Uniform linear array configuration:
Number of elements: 64
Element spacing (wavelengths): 0.75
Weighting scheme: kaiser
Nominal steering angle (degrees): -15
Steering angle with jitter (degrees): -14.924
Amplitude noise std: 0.05
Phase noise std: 0.05

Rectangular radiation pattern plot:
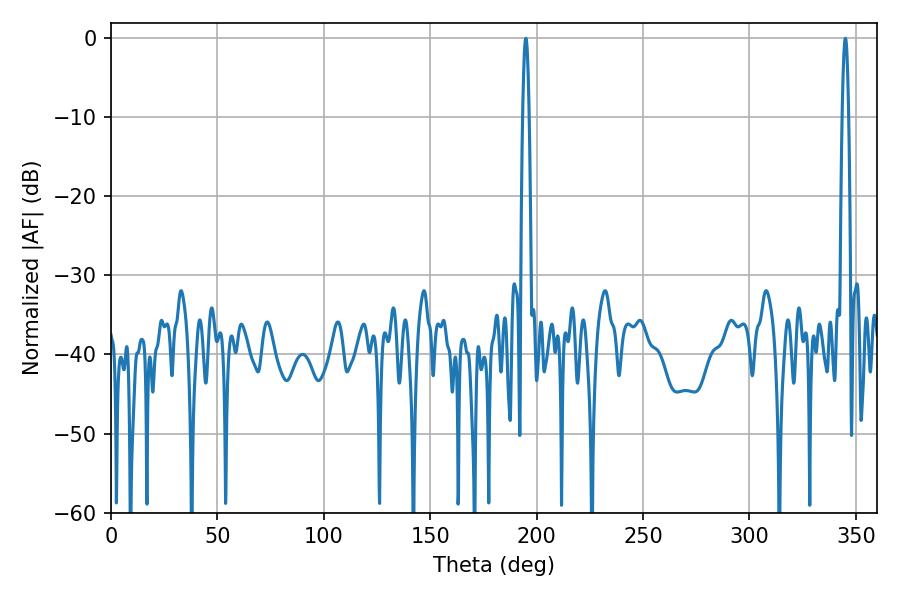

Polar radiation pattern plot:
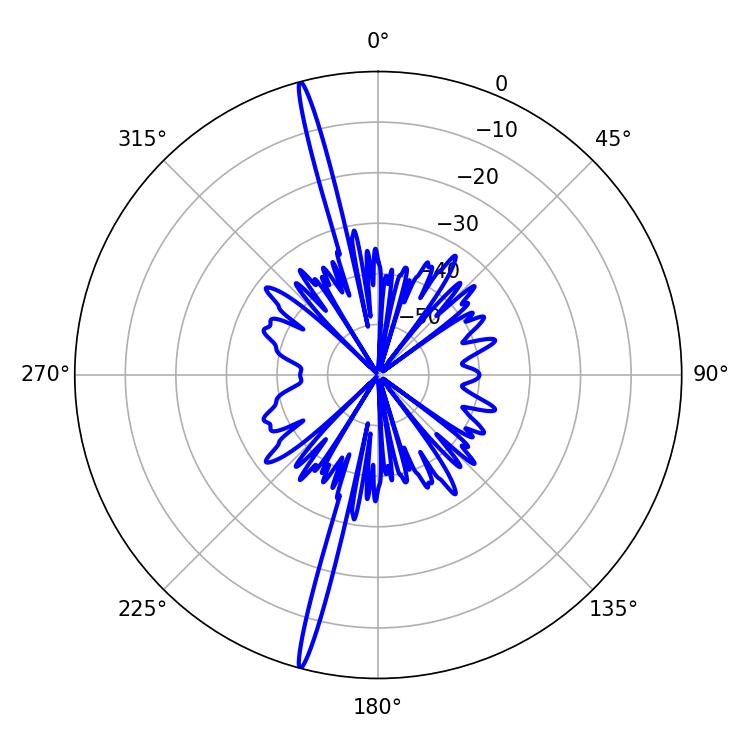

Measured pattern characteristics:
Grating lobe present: TRUE
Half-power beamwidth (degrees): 1.44
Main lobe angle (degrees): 194.94